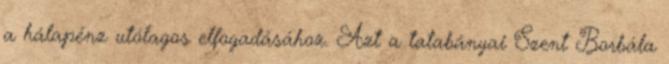
a hálapénz utólagos elfogadásához. Azt a tatabányai Szent Borbála